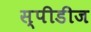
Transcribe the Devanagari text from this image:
स्पीडीज